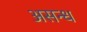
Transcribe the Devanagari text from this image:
असन्ध